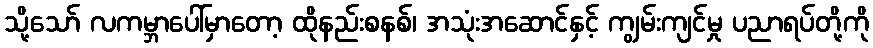
သို့သော် လကမ္ဘာပေါ်မှာတော့ ထိုနည်းစနစ်၊ အသုံးအဆောင်နှင့် ကျွမ်းကျင်မှု ပညာရပ်တို့ကို